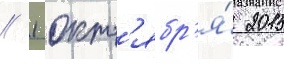
// 1 окт'ябр'я́ 2015